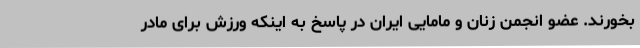
بخورند. عضو انجمن زنان و مامایی ایران در پاسخ به اینکه ورزش برای مادر